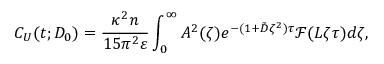
C _ { U } ( t ; D _ { 0 } ) = \frac { \kappa ^ { 2 } n } { 1 5 \pi ^ { 2 } \varepsilon } \int _ { 0 } ^ { \infty } A ^ { 2 } ( \zeta ) e ^ { - ( 1 + \tilde { D } \zeta ^ { 2 } ) \tau } \mathcal { F } ( L \zeta \tau ) d \zeta ,